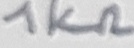
Text: 1KΩ